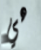
هي